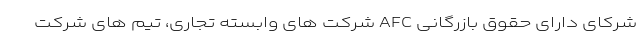
شرکای دارای حقوق بازرگانی AFC شرکت های وابسته تجاری، تیم های شرکت